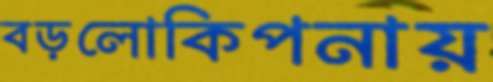
বড়লোকিপনায়